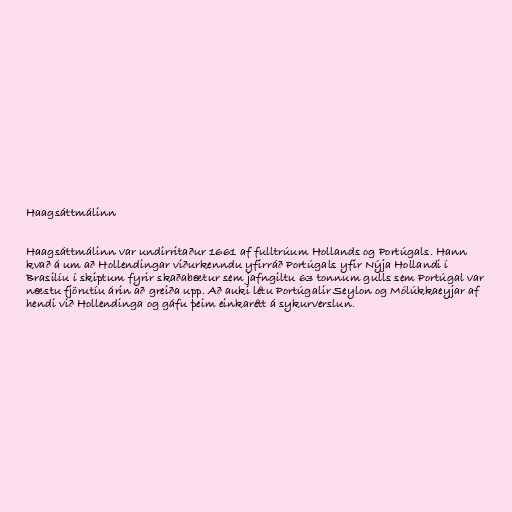
Haagsáttmálinn

Haagsáttmálinn var undirritaður 1661 af fulltrúum Hollands og Portúgals. Hann
kvað á um að Hollendingar viðurkenndu yfirráð Portúgals yfir Nýja Hollandi í
Brasilíu í skiptum fyrir skaðabætur sem jafngiltu 63 tonnum gulls sem Portúgal var
næstu fjörutíu árin að greiða upp. Að auki létu Portúgalir Seylon og Mólúkkaeyjar af
hendi við Hollendinga og gáfu þeim einkarétt á sykurverslun.